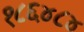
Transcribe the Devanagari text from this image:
१८६४८४